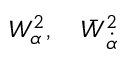
W _ { \alpha } ^ { 2 } , \quad \bar { W } _ { \dot { \alpha } } ^ { 2 }